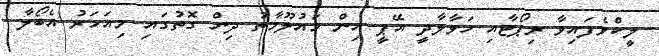
ލީކްވެފައިވާ ރިޕޯޓާއި ހަވާލާދީ އޭޕީ އިން މައުލޫމާތު ދިން ގޮތުގައި މިއަހަރު އެބޯލާ